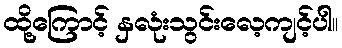
ထို့ကြောင့် နှလုံးသွင်းလေ့ကျင့်ပါ။